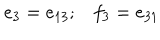
\begin{array} { l l } { { e _ { 3 } = e _ { 1 3 } ; } } & { { f _ { 3 } = e _ { 3 1 } } } \\ \end{array}